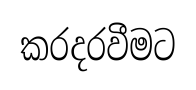
කරදරවීමට